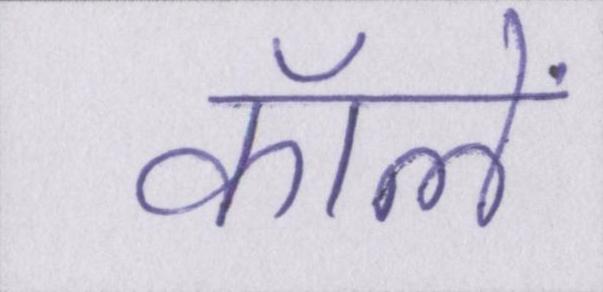
कॉलें